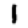
Digit: 1